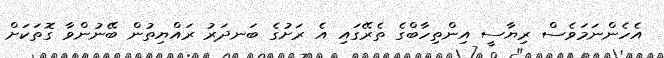
އެހެންނަމަވެސް ރިޔާސީ އިންތިހާބްގެ ތެރޭގައި އެ ރަށުގެ ބަނދަރު ރައްޔިތުން ބޭނުންވާ ގޮތަކަށް